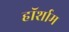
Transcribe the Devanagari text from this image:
हॉर्शाम